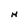
Character: M